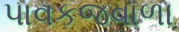
પાવકજવાળા